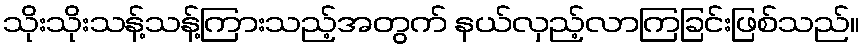
သိုးသိုးသန့်သန့်ကြားသည့်အတွက် နယ်လှည့်လာကြခြင်းဖြစ်သည်။